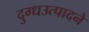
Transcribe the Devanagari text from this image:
दुग्धउत्पादने